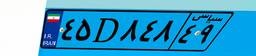
۵۳D۰۸۳۵۵